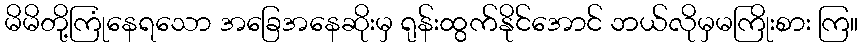
မိမိတို့ကြုံနေရသော အခြေအနေဆိုးမှ ရုန်းထွက်နိုင်အောင် ဘယ်လိုမှမကြိုးစား ကြ။